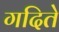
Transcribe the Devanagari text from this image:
गदिते